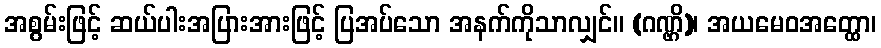
အစွမ်းဖြင့် ဆယ်ပါးအပြားအားဖြင့် ပြအပ်သော အနက်ကိုသာလျှင်။ (ဂဏ္ဌိ)၊ အယမေဝအတ္ထော၊